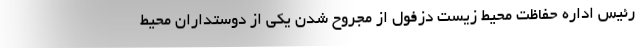
رئیس اداره حفاظت محیط زیست دزفول از مجروح شدن یکی از دوستداران محیط